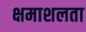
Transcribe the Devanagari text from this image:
क्षमाशलता